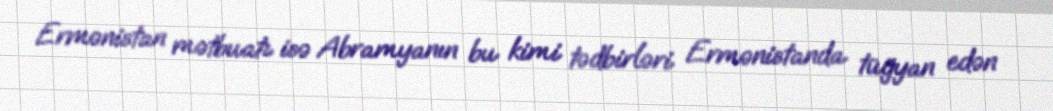
Ermənistan mətbuatı isə Abramyanın bu kimi tədbirləri Ermənistanda tüğyan edən